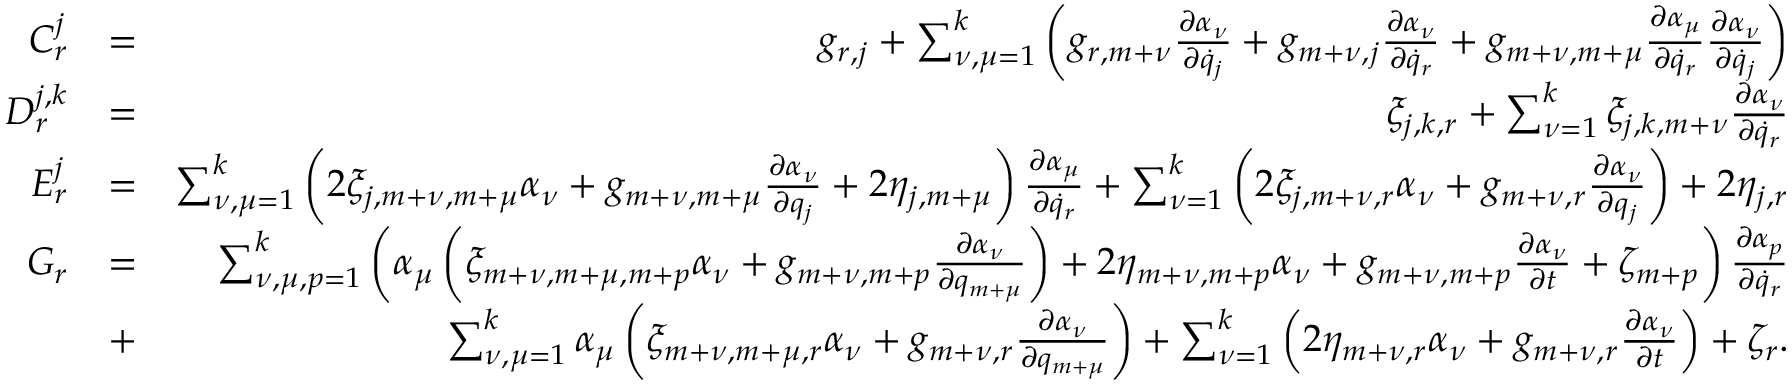
\begin{array} { r l r } { C _ { r } ^ { j } } & { = } & { g _ { r , j } + \sum _ { \nu , \mu = 1 } ^ { k } \left( g _ { r , m + \nu } \frac { \partial \alpha _ { \nu } } { \partial { \dot { q } } _ { j } } + g _ { m + \nu , j } \frac { \partial \alpha _ { \nu } } { \partial { \dot { q } } _ { r } } + g _ { m + \nu , m + \mu } \frac { \partial \alpha _ { \mu } } { \partial { \dot { q } } _ { r } } \frac { \partial \alpha _ { \nu } } { \partial { \dot { q } } _ { j } } \right) } \\ { D _ { r } ^ { j , k } } & { = } & { \xi _ { j , k , r } + \sum _ { \nu = 1 } ^ { k } \xi _ { j , k , m + \nu } \frac { \partial \alpha _ { \nu } } { \partial { \dot { q } } _ { r } } } \\ { E _ { r } ^ { j } } & { = } & { \sum _ { \nu , \mu = 1 } ^ { k } \left( 2 \xi _ { j , m + \nu , m + \mu } \alpha _ { \nu } + g _ { m + \nu , m + \mu } \frac { \partial \alpha _ { \nu } } { \partial q _ { j } } + 2 \eta _ { j , m + \mu } \right) \frac { \partial \alpha _ { \mu } } { \partial { \dot { q } } _ { r } } + \sum _ { \nu = 1 } ^ { k } \left( 2 \xi _ { j , m + \nu , r } \alpha _ { \nu } + g _ { m + \nu , r } \frac { \partial \alpha _ { \nu } } { \partial q _ { j } } \right) + 2 \eta _ { j , r } } \\ { G _ { r } } & { = } & { \sum _ { \nu , \mu , p = 1 } ^ { k } \left( \alpha _ { \mu } \left( \xi _ { m + \nu , m + \mu , m + p } \alpha _ { \nu } + g _ { m + \nu , m + p } \frac { \partial \alpha _ { \nu } } { \partial q _ { m + \mu } } \right) + 2 \eta _ { m + \nu , m + p } \alpha _ { \nu } + g _ { m + \nu , m + p } \frac { \partial \alpha _ { \nu } } { \partial t } + \zeta _ { m + p } \right) \frac { \partial \alpha _ { p } } { \partial { \dot { q } } _ { r } } } \\ & { + } & { \sum _ { \nu , \mu = 1 } ^ { k } \alpha _ { \mu } \left( \xi _ { m + \nu , m + \mu , r } \alpha _ { \nu } + g _ { m + \nu , r } \frac { \partial \alpha _ { \nu } } { \partial q _ { m + \mu } } \right) + \sum _ { \nu = 1 } ^ { k } \left( 2 \eta _ { m + \nu , r } \alpha _ { \nu } + g _ { m + \nu , r } \frac { \partial \alpha _ { \nu } } { \partial t } \right) + \zeta _ { r } . } \end{array}